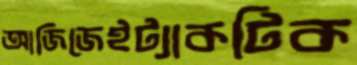
আজিজেইট্যাকটিক